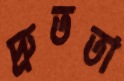
দ্রুততা